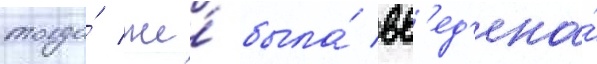
тогда́ же́ была́ вв'ед'ена́